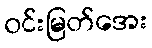
ဝင်းမြတ်အေး